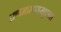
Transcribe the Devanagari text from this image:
प्रणमाम्यहम्॥५॥